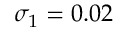
\sigma _ { 1 } = 0 . 0 2